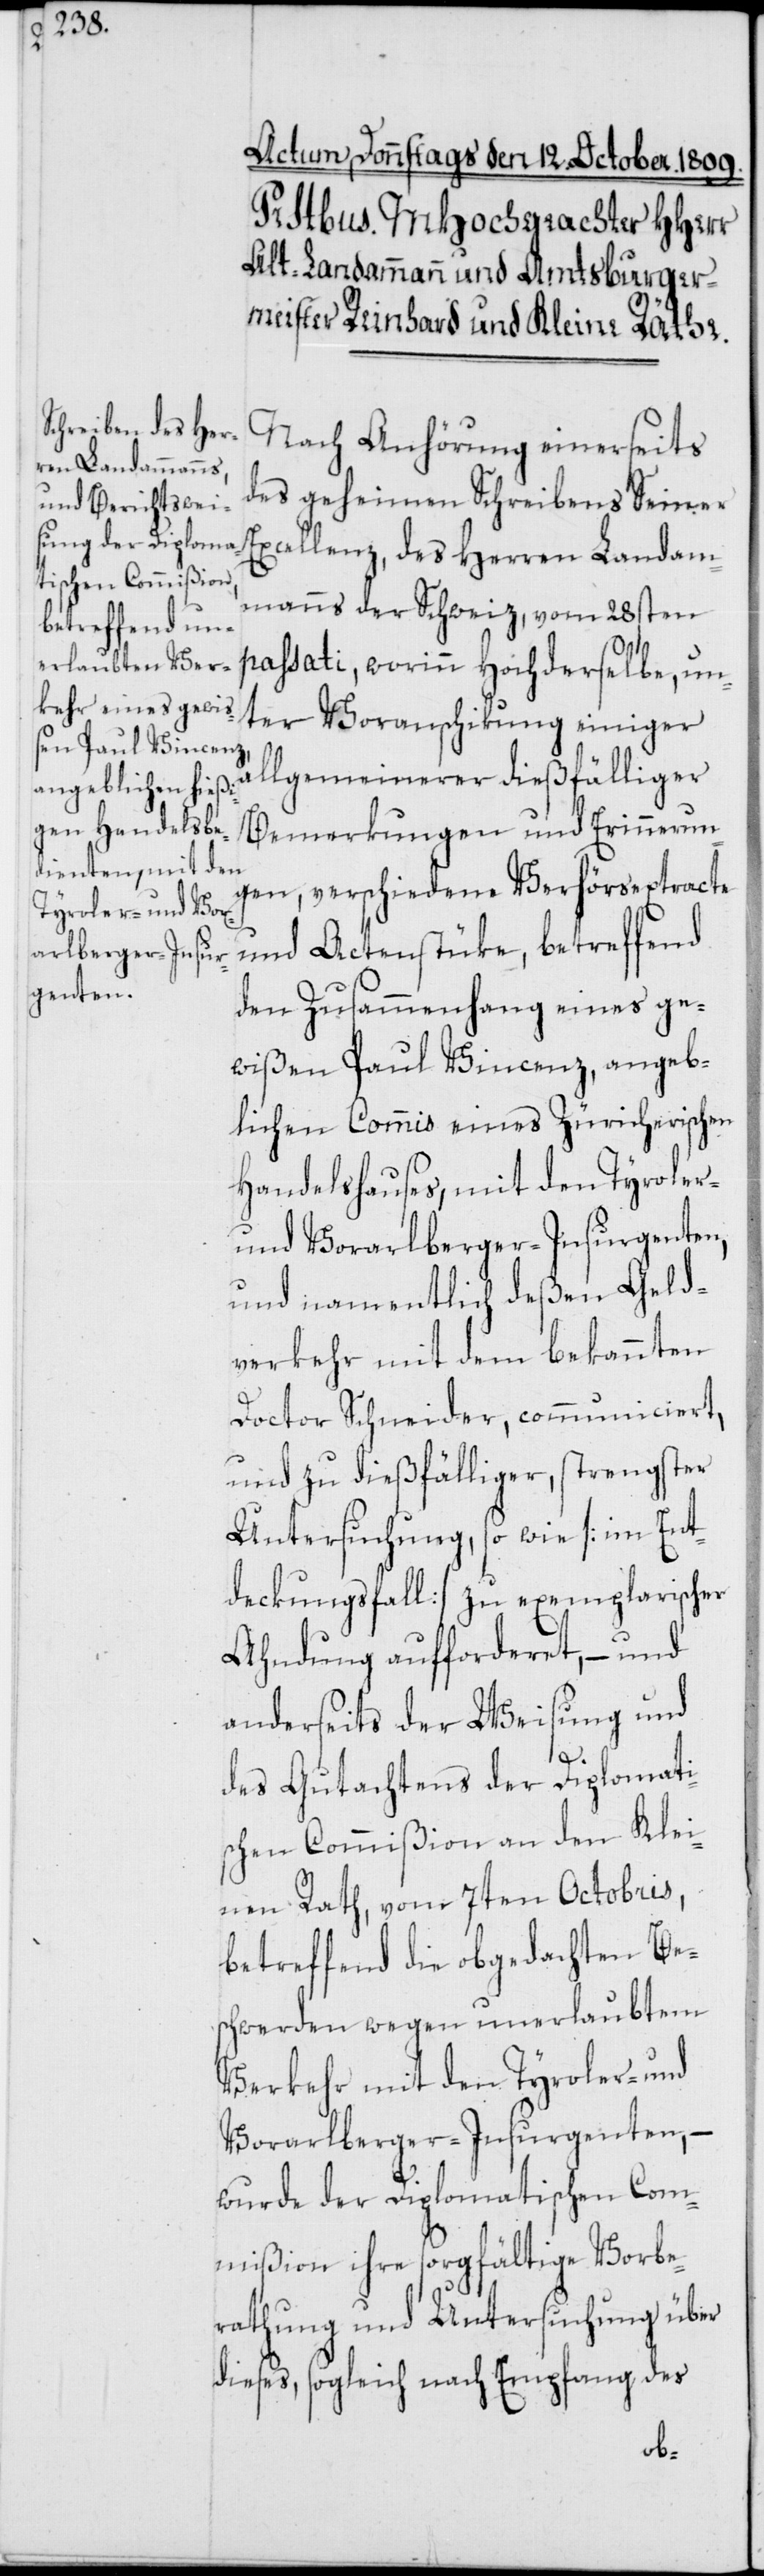
Nach Anhörung einerseits
des geheimen Schreibens Seiner
Excellenz, des Herren Landam¬
manns der Schweiz, vom 28sten
passati, worinn Hochderselbe, un¬
ter Voranschikung einiger
llgemeinerer dießfälliger
Bemerkungen und Erinnerun¬
gen, verschiedene Verhörsextracte
und Actenstüke, betreffend
den Zusammenhang eines ge¬
wißen Paul Vincenz, angeb¬
lichen Commis eines Züricherischen
Handelshauses, mit den Tyroler-
und Vorarlberger-Insurgenten,
und namentlich deßen Geld¬
verkehr mit dem bekannten
Doctor Schneider, communiciert,
und zu dießfälliger, strengster
Untersuchung, so wie [im Ent¬
deckungsfall] zu exemplarischer
Ahndung aufforderet, – und
anderseits der Weisung und
a¬
des Gutachtens der Diplomati¬
schen Commißion an den Klei¬
nen Rath, vom 7ten Octobris,
betreffend die obgedachten Be¬
schwerden wegen unerlaubtem
Verkehr mit den Tyroler- und
Vorarlberger-Insurgenten, –
wurde der Diplomatischen Com¬
mißion ihre sorgfältige Vorbe¬
rathung und Untersuchung über
dieses, sogleich nach Empfang des